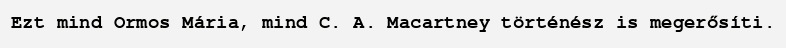
Ezt mind Ormos Mária, mind C. A. Macartney történész is megerősíti.